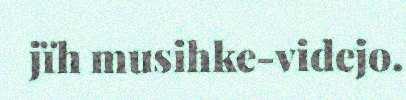
jïh musihke-videjo.